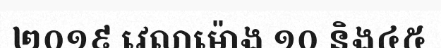
២០១៩ វេលាម៉ោង ១០ និង៤៥